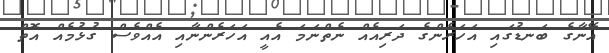
އޭނާގެ ބަނޑުގައި އަހަރެންގެ ދަރިއެއް ނެތްނަމަ އެއީ އަހަރެންނާއި އެއްވެސް ގުޅުމެއް އޮތް